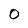
Character: 0